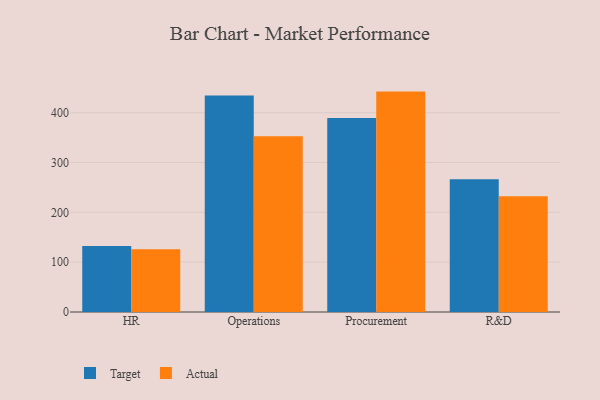
{"axis": {"x": "Department", "y": "Backlog"}, "legend": ["Actual", "Target"], "data": [{"x": "HR", "y": 132.2, "type": "Target"}, {"x": "HR", "y": 125.9, "type": "Actual"}, {"x": "Operations", "y": 434.4, "type": "Target"}, {"x": "Operations", "y": 352.9, "type": "Actual"}, {"x": "Procurement", "y": 389.5, "type": "Target"}, {"x": "Procurement", "y": 442.3, "type": "Actual"}, {"x": "R&D", "y": 266.6, "type": "Target"}, {"x": "R&D", "y": 232.4, "type": "Actual"}]}